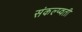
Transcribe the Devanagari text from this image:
संकल्प्वती